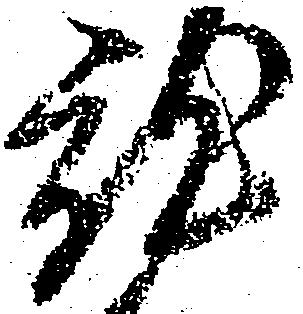
就